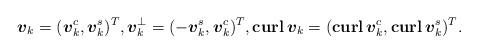
LaTeX: \begin{align*}\boldsymbol{v}_k = (\boldsymbol{v}_k^c,\boldsymbol{v}_k^s)^T, \boldsymbol{v}_k^{\perp} = (-\boldsymbol{v}_k^s,\boldsymbol{v}_k^c)^T, \textbf{curl} \, \boldsymbol{v}_k = (\textbf{curl} \, \boldsymbol{v}_k^c, \textbf{curl} \, \boldsymbol{v}_k^s)^T.\end{align*}